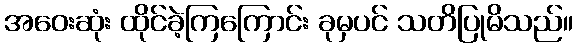
အဝေးဆုံး ထိုင်ခဲ့ကြကြောင်း ခုမှပင် သတိပြုမိသည်။